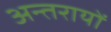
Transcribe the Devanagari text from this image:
अन्तरायों